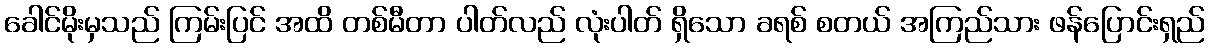
ခေါင်မိုးမှသည် ကြမ်းပြင် အထိ တစ်မီတာ ပါတ်လည် လုံးပါတ် ရှိသော ခရစ် စတယ် အကြည်သား ဖန်ပြောင်းရှည်